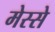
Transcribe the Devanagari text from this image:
मेस्से